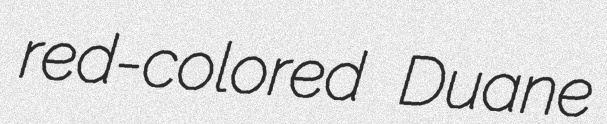
red-colored Duane